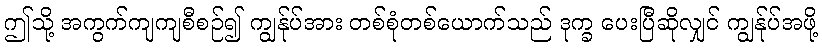
ဤသို့ အကွက်ကျကျစီစဉ်၍ ကျွန်ုပ်အား တစ်စုံတစ်ယောက်သည် ဒုက္ခ ပေးပြီဆိုလျှင် ကျွန်ုပ်အဖို့